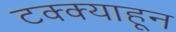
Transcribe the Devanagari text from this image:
टक्‍क्‍याहून